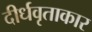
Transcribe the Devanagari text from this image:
दीर्धवृताकार